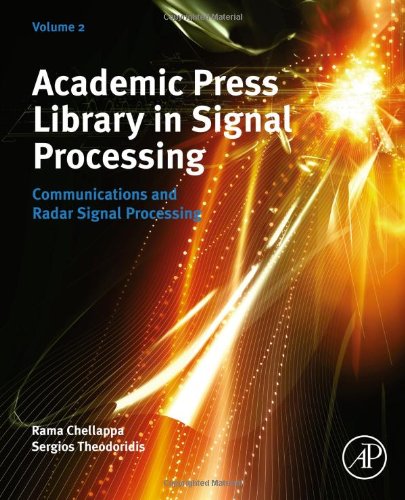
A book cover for Academic Press Library in Signal Processing, Volume 2: Communications and Radar Signal Processing; Engineering & Transportation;